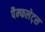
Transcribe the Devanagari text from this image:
पैम्फलेट्स